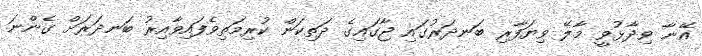
އޭނާ ވިދާޅުވީ މާލޭ ވިޔަފާރި ބަނދަރުގައި ޖާގައިގެ ދަތިކަން ކުރިމަތިވެފައިވާއިރު ބަނދަރަށް ގެންނަ